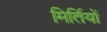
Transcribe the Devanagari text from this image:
मिर्तियों